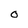
Character: O